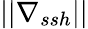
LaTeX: ||\nabla_{ssh}||